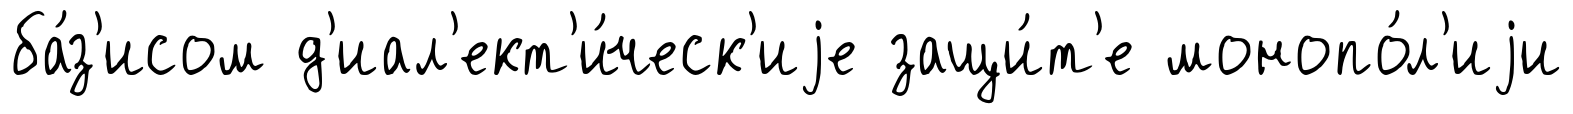
ба́з'исом д'иал'ект'и́ческ'иjе защи́т'е монопо́л'иjи